Annual report on the health of the army in India
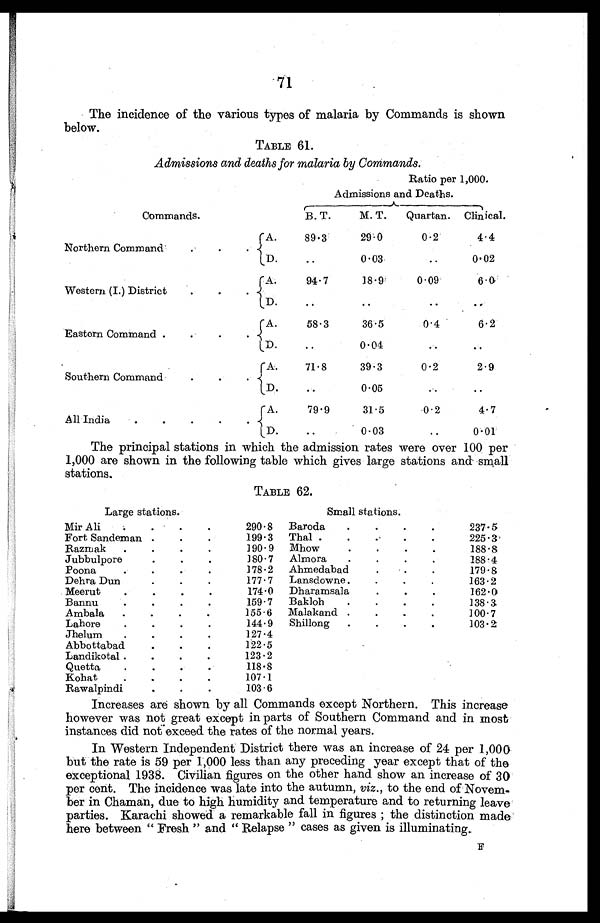
71
The incidence of the various types of malaria by Commands is shown
below.
TABLE 61.
Admissions and deaths for malaria by Commands.
Ratio per 1,000.
Commands.
Admissions and Deaths.
B. T.
M. T.
Quartan. Clinical.
Northern Command
.
.
.
A.
89.3
29.0
0.2
4.4
D.
..
0.03
..
0.02
Western (I.) District
.
.
.
A.
94.7
18. 9
0.09
6 . 0
D. .
..
..
..
..
Eastern Command .
.
.
. A.
58.3
36.5
0.4
6.2
D.
..
0.04
. .
. .
Southern Command
.
.
.
A.
71.8
39.3
0.2
2.9
D.
. .
0.05
. .
..
All India
.
.
.
.
.
A.
79.9
31.5
0.2
4.7
D.
..
0.03
..
0.01
The principal stations in which the admission rates were over 100 per
1,000 are shown in the following table which gives large stations and small
stations.
TABLE 62.
Large stations.
Small stations.
Mir Ali
.
.
.
.
290.8 Baroda
.
.
.
.
237.5
Fort Sandeman. .
•
.
199.3 Thal .
.
.
.
.
225.3
Razmak
.
.
.
.
190.9 Mhow
.
.
.
.
188.8
Jubbulpore
.
.
.
180.7 Almora
.
.
.
.
188.4
Poona
.
.
.
.
178.2 Ahmedabad
.
.
.
179.8
Dehra Dun
.
.
.
177.7 Lansdowne .
.
.
.
163.2
Meerut
.
.
.
.
174.0 Dharamsala
.
.
.
162.0
Bannu
.
.
.
•
159.7 Bakloh
.
.
.
.
138.3
Ambala
.
.
.
.
155.6 Malakand .
.
.
.
100.7
Lahore
.
.
.
.
144.9 Shillong
.
.
.
.
103.2
Jhelum
.
.
.
•
1 2 7 . 4
Abbottabad
.
.
.
122.5
Landikotal .
.
.
.
123.2
Quetta
.
.
.
.
118.8
Kohat
.
.
.
.
107.1
Rawalpindi
.
.
. 103.6
Increases are shown by all Commands except Northern. This increase
however was not great except in parts of Southern Command and in most
instances did not exceed the rates of the normal years.
In Western Independent District there was an increase of 24 per 1,000
but the rate is 59 per 1,000 less than any preceding year except that of the
exceptional 1938. Civilian figures on the other hand show an increase of 30
per cent. The incidence was late into the autumn, viz ., to the end of Novem
ber in Chaman, due to high humidity and temperature and to returning leave
parties. Karachi showed a remarkable fall in figures the distinction made
here between " Fresh " and " Relapse " cases as given is illuminating.